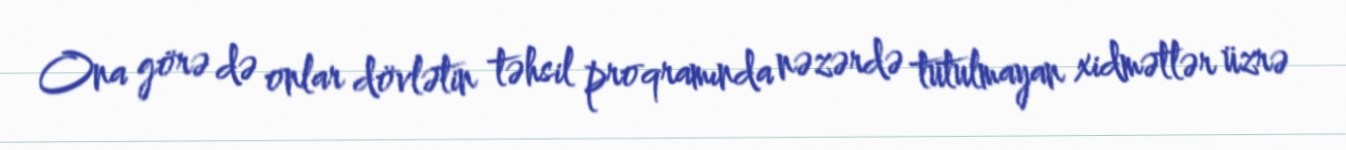
Ona görə də onlar dövlətin təhsil proqramında nəzərdə tutulmayan xidmətlər üzrə